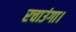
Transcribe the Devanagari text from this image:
रचाउंगा।